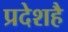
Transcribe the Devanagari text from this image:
प्रदेशहै